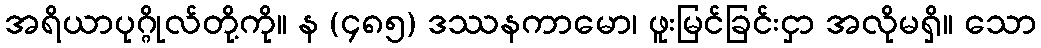
အရိယာပုဂ္ဂိုလ်တို့ကို။ န (၄၈၅) ဒဿနကာမော၊ ဖူးမြင်ခြင်းငှာ အလိုမရှိ။ သော